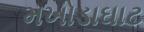
મખોડાઘાટ